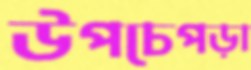
উপচেপড়া